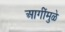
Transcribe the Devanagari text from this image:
आगींमुळे